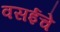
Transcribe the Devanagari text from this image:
वसईचे